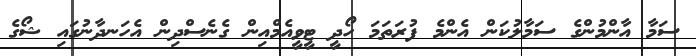
ސަމާ އާންމުންގެ ސަމާލުކަން އެންމެ ފުރަތަމަ ހޯދީ ޓީވީއެމްއިން ގެނެސްދިން އެހަނދާނުގައި ޝޯގެ